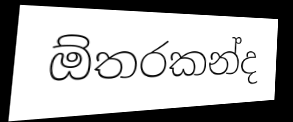
ඕතරකන්ද